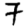
Digit: 7